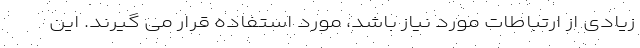
زیادی از ارتباطات مورد نیاز باشد، مورد استفاده قرار می گیرند. این